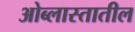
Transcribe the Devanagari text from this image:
ओब्लास्तातील